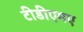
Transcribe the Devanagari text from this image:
टीडीएमए